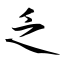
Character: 乏